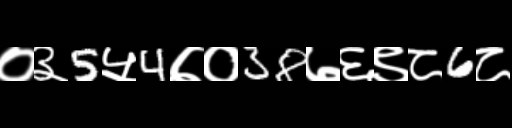
Text: ०३5५4७०38७६९८6८